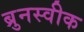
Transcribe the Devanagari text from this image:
ब्रुनस्वीक